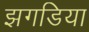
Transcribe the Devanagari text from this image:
झगडिया